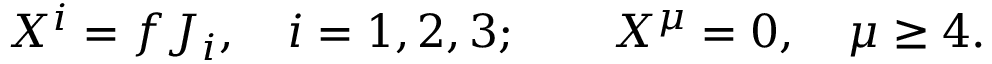
X ^ { i } = f J _ { i } , \quad i = 1 , 2 , 3 ; \quad \quad X ^ { \mu } = 0 , \quad \mu \geq 4 .